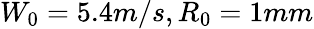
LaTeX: W_{0}=5.4m/s,R_{0}=1mm